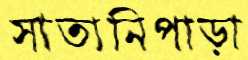
সাতানিপাড়া